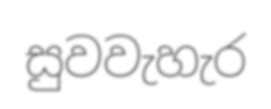
සුවවැහැර